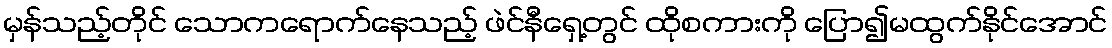
မှန်သည့်တိုင် သောကရောက်နေသည့် ဖဲင်နီရှေ့တွင် ထိုစကားကို ပြော၍မထွက်နိုင်အောင်